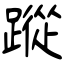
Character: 蹤